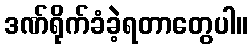
ဒဏ်ရိုက်ခံခဲ့ရတာတွေပါ။